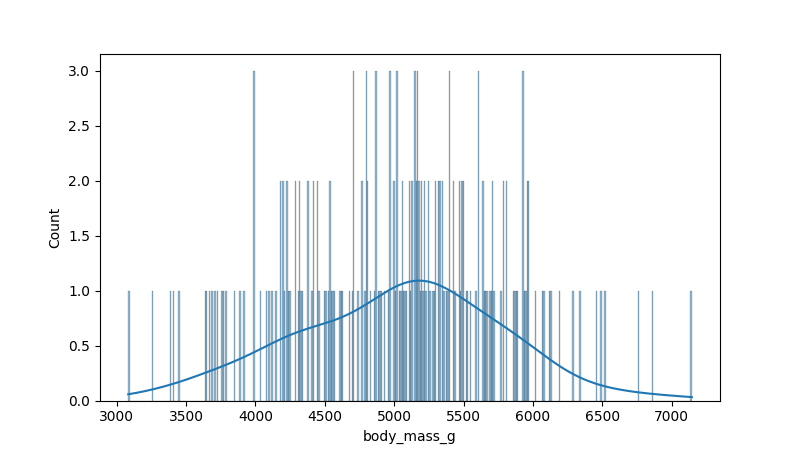
python, seaborn, histplot, hue='all', binwidth=10, bins='10', element='bars'